Vaccination report Assam 1874-1896 - 1874-1896
Year: 1874
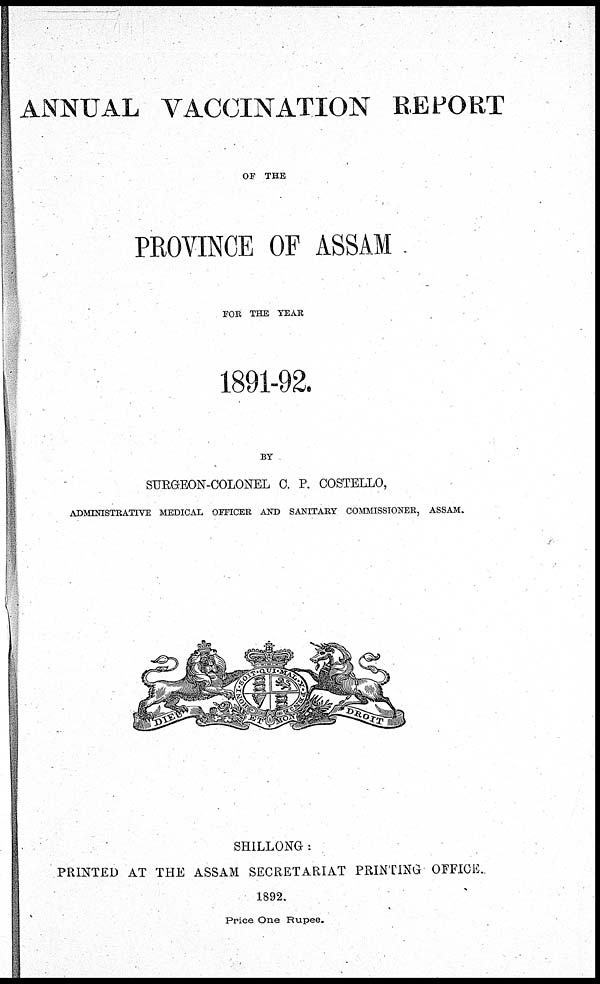
ANNUAL VACCINATION REPORT
OF THE
PROVINCE OF ASSAM
FOR THE YEAR
1891-92.
BY
SURGEON-COLONEL C. P. COSTELLO,
ADMINISTRATIVE MEDICAL OFFICER AND SANITARY COMMISSIONER, ASSAM.
SHILLONG :
PRINTED AT THE ASSAM SECRETARIAT PRINTING OFFICE.
1892.
Price One Rupee.